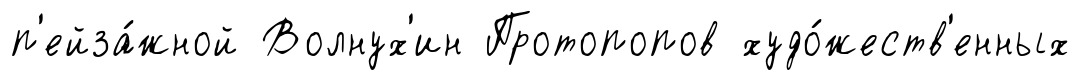
п'ейза́жной Волнух'ин Протопопов худо́жеств'енных